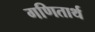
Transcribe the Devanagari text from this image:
गणितार्थ